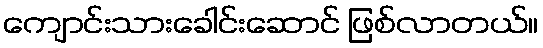
ကျောင်းသားခေါင်းဆောင် ဖြစ်လာတယ်။